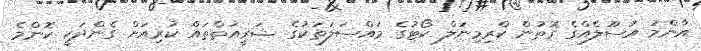
އާންމު އުސޫލެއްގެ ގޮތުން ކްރިމިނަލް ކޯޓުގެ މައްސަލަތަކުގެ ޝަރީއަތްތައް ކުރިއަށް ގެންދަކީ ކޮންމެ